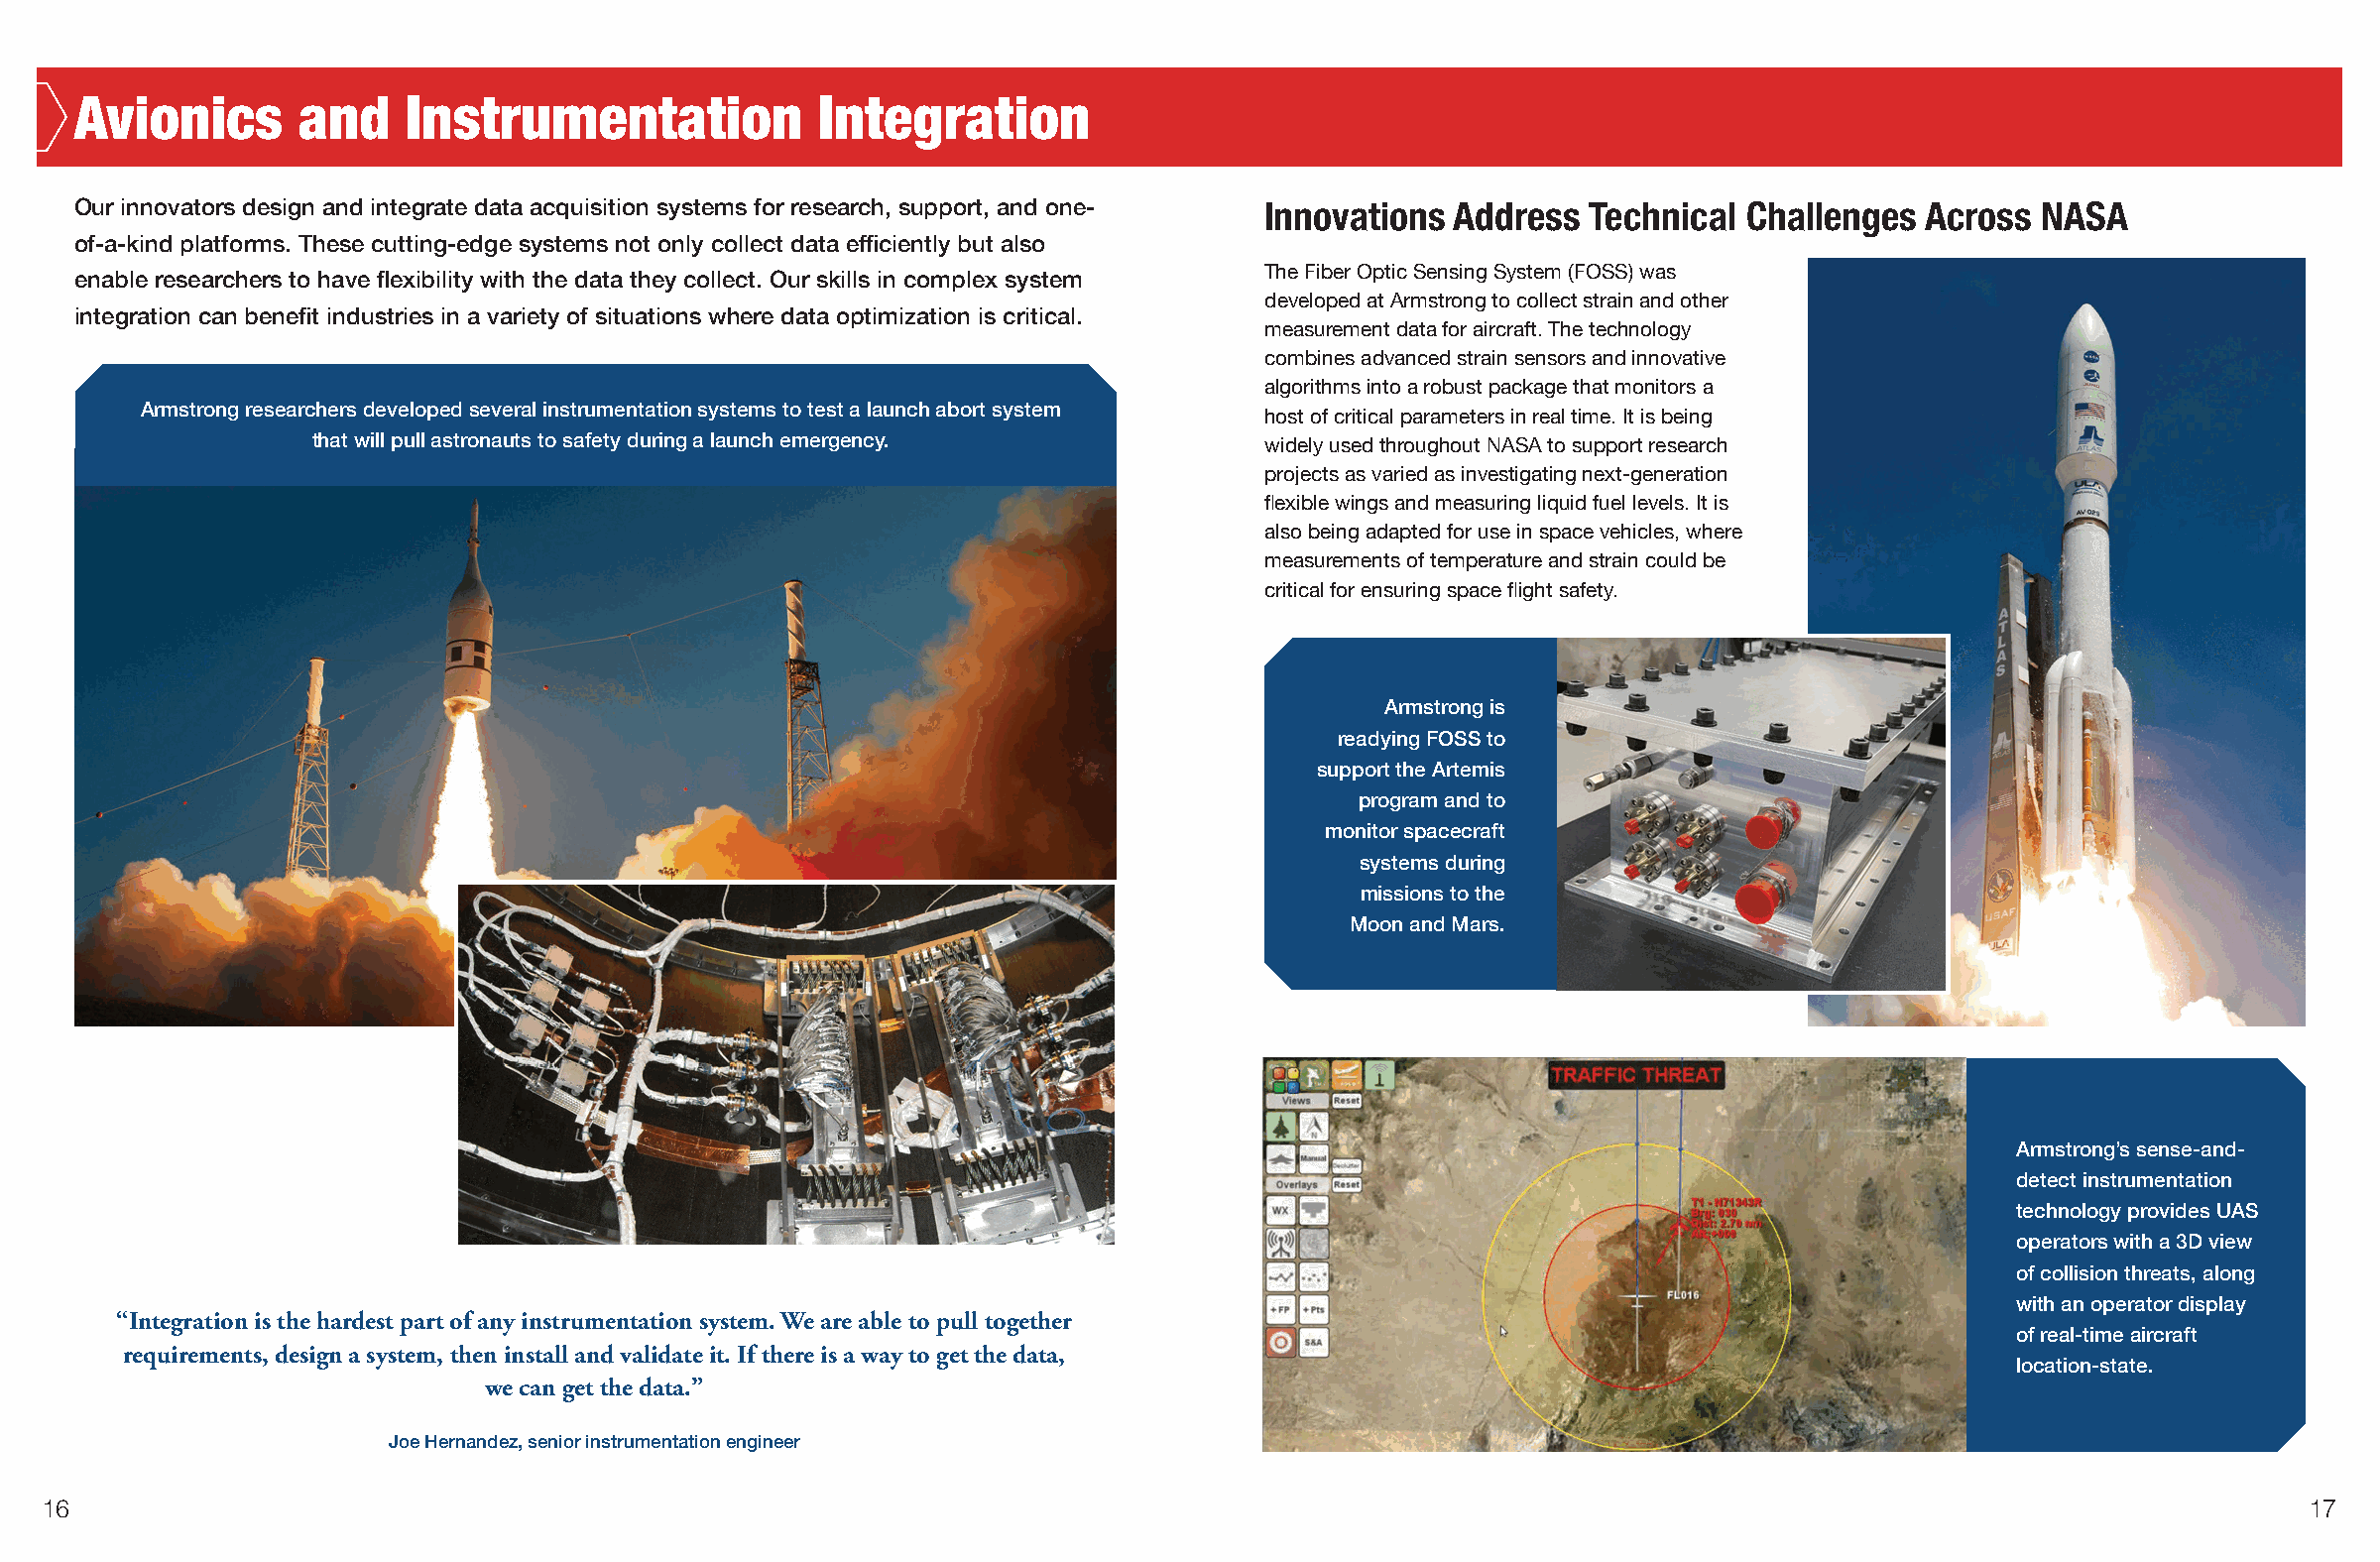
Avionics       and    Instrumentation             Integration
 Our innovators design and integrate data acquisition systems for research, support, and one- Innovations Address Technical Challenges Across NASA
 of-a-kind platforms. These cutting-edge systems not only collect data efficiently but also
 enable researchers to have flexibility with the data they collect. Our skills in complex system The Fiber Optic Sensing System (FOSS) was
 developed at Armstrong to collect strain and other
 integration can benefit industries in a variety of situations where data optimization is critical.
 measurement data for aircraft. The technology
 combines advanced strain sensors and innovative
 algorithms into a robust package that monitors a
 Armstrong researchers developed several instrumentation systems to test a launch abort system
 host of critical parameters in real time. It is being
 that will pull astronauts to safety during a launch emergency.
 widely used throughout NASA to support research
 projects as varied as investigating next-generation
 flexible wings and measuring liquid fuel levels. It is
 also being adapted for use in space vehicles, where
 measurements of temperature and strain could be
 critical for ensuring space flight safety.
 Armstrong is
 readying FOSS to
 support the Artemis
 program and to
 monitor spacecraft
 systems during
 missions to the
 Moon and Mars.
 Armstrong’s sense-and-
 detect instrumentation
 technology provides UAS
 operators with a 3D view
 of collision threats, along
 with an operator display
 “Integration is the hardest part of any instrumentation system. We are able to pull together
 of real-time aircraft
 requirements, design a system, then install and validate it. If there is a way to get the data,
 location-state.
 we can get the data.”
 Joe Hernandez, senior instrumentation engineer
 16                                                                                                                                                     17